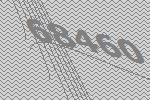
68460